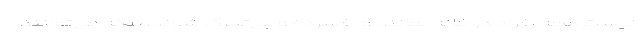
نیست همه افراد در خانه بمانند و افسرده و بی‌تحرک شوند، بلکه می‌توانند